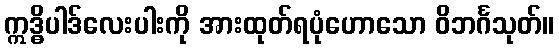
ဣဒ္ဓိပါဒ်လေးပါးကို အားထုတ်ရပုံဟောသော ဝိဘင်္ဂသုတ်။